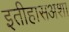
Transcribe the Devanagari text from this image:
इतीहासअशा